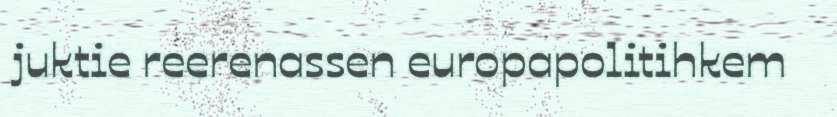
juktie reerenassen europapolitihkem